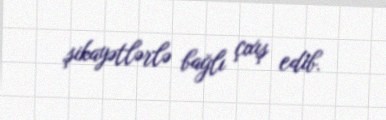
şikayətlərlə bağlı çıxış edib.